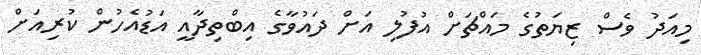
މިއަދު ވެސް ޒިޔަތުގެ މައްޗަށް އުފުލި އަށް ދައުވާގެ އިބްތިދާއީ އަޑުއެހުން ކުރިއަށް